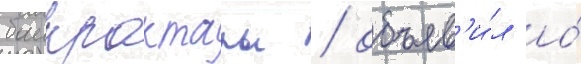
баикрактары / объяв'и́л о́